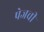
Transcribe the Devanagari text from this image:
पेजची